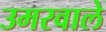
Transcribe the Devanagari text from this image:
उमरवाले